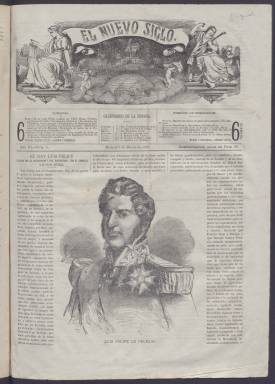
Título: El Nuevo siglo ilustrado
Colección: Semanarios de amenidades
Ámbito geográfico: Madrid
Lugar de publicación: Madrid
Fechas: 07/03/1869-31/10/1869

Como continuación de El siglo ilustrado, comienza su publicación el siete de marzo de 1869, en números semanales de ocho páginas. Tiene prácticamente la misma estructura que su predecesora, como revista de gran formato, que inserta grabados de retratos, vistas panorámicas y escenas de tipos, generalmente de naturaleza antropológica de países como América del Norte y asiáticos.

Incluye textos firmados por Alejandro Montaud, que había aparecido ya como propietario en la serie anterior, pero en este caso será M.A. Ricord su administrador y director artístico, y Fernando Costa, conocido con el seudónimo El Impertinente, será su director literario, que será más tarde reemplazado en este puesto por Leopoldo Romero.

Estos dos últimos serán los autores sucesivos de la crónica semanal que aparece en cada número, que no será ajena a los acontecimientos políticos que se viven en España tras la Gloriosa y el destronamiento de la dinastía, pero escritos desde de una tendencia ecléctica y contemporizadora y una visión liberal templada.

Sus grabados serán generalmente de procedencia extranjera, y muy pocos española, entre estos un retrato del que entonces era regente, el general Francisco Serrano. Tendrá secciones de ciencias y de amenidades, con charadas, epigramas, jeroglíficos, sonetos, etc. También artículos de conocimientos útiles, de costumbres, históricos, teatro, pintura y de creación literaria, así como algunas traducciones de Víctor Hugo y Alejandro Dumas y novelas históricas, a modo de folletín. La publicidad comercial sólo cubrirá la mitad inferior de la última plana.

La colección de la Biblioteca Nacional de España acaba en el número 35, correspondiente al 31 de octubre de 1869, sin embargo, Eugenio Hartzenbusch señala haber visto hasta el número del 12 de junio de 1870. Se conoce también un Almanaque de El nuevo siglo ilustrado, anuario correspondiente a este último año.

El 5/9/2023 se reemplazan las anteriores imágenes, procedentes de la digitalización del microfilme, por imágenes digitalizadas a partir del original.

[Descripción modificada el 5/9/2023]